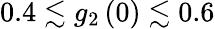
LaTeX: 0.4\lesssim g_{2}\left(0\right)\lesssim 0.6